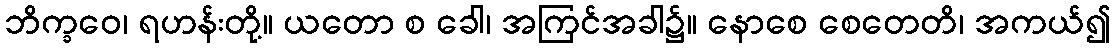
ဘိက္ခဝေ၊ ရဟန်းတို့။ ယတော စ ခေါ၊ အကြင်အခါ၌။ နောစေ စေတေတိ၊ အကယ်၍